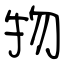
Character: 物